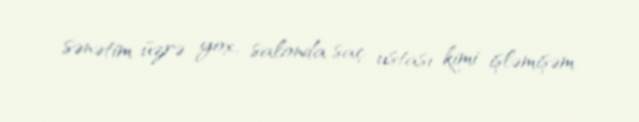
sənətim üzrə yox, salonda saç ustası kimi işləmişəm.